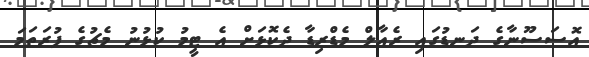
އޮސަސޫނާގެ ދަނޑުގައި ރެއާލް މެޑްރިޑާ ދެކޮޅަށް އެ ޓީމު ކުޅުނު މެޗުގެ ފުރަތަމަ